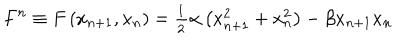
F ^ { n } \equiv F \left( x _ { n + 1 } , x _ { n } \right) = \frac { _ 1 } { ^ 2 } \alpha \left( x _ { n + 1 } ^ { 2 } + x _ { n } ^ { 2 } \right) - \beta x _ { n + 1 } x _ { n }